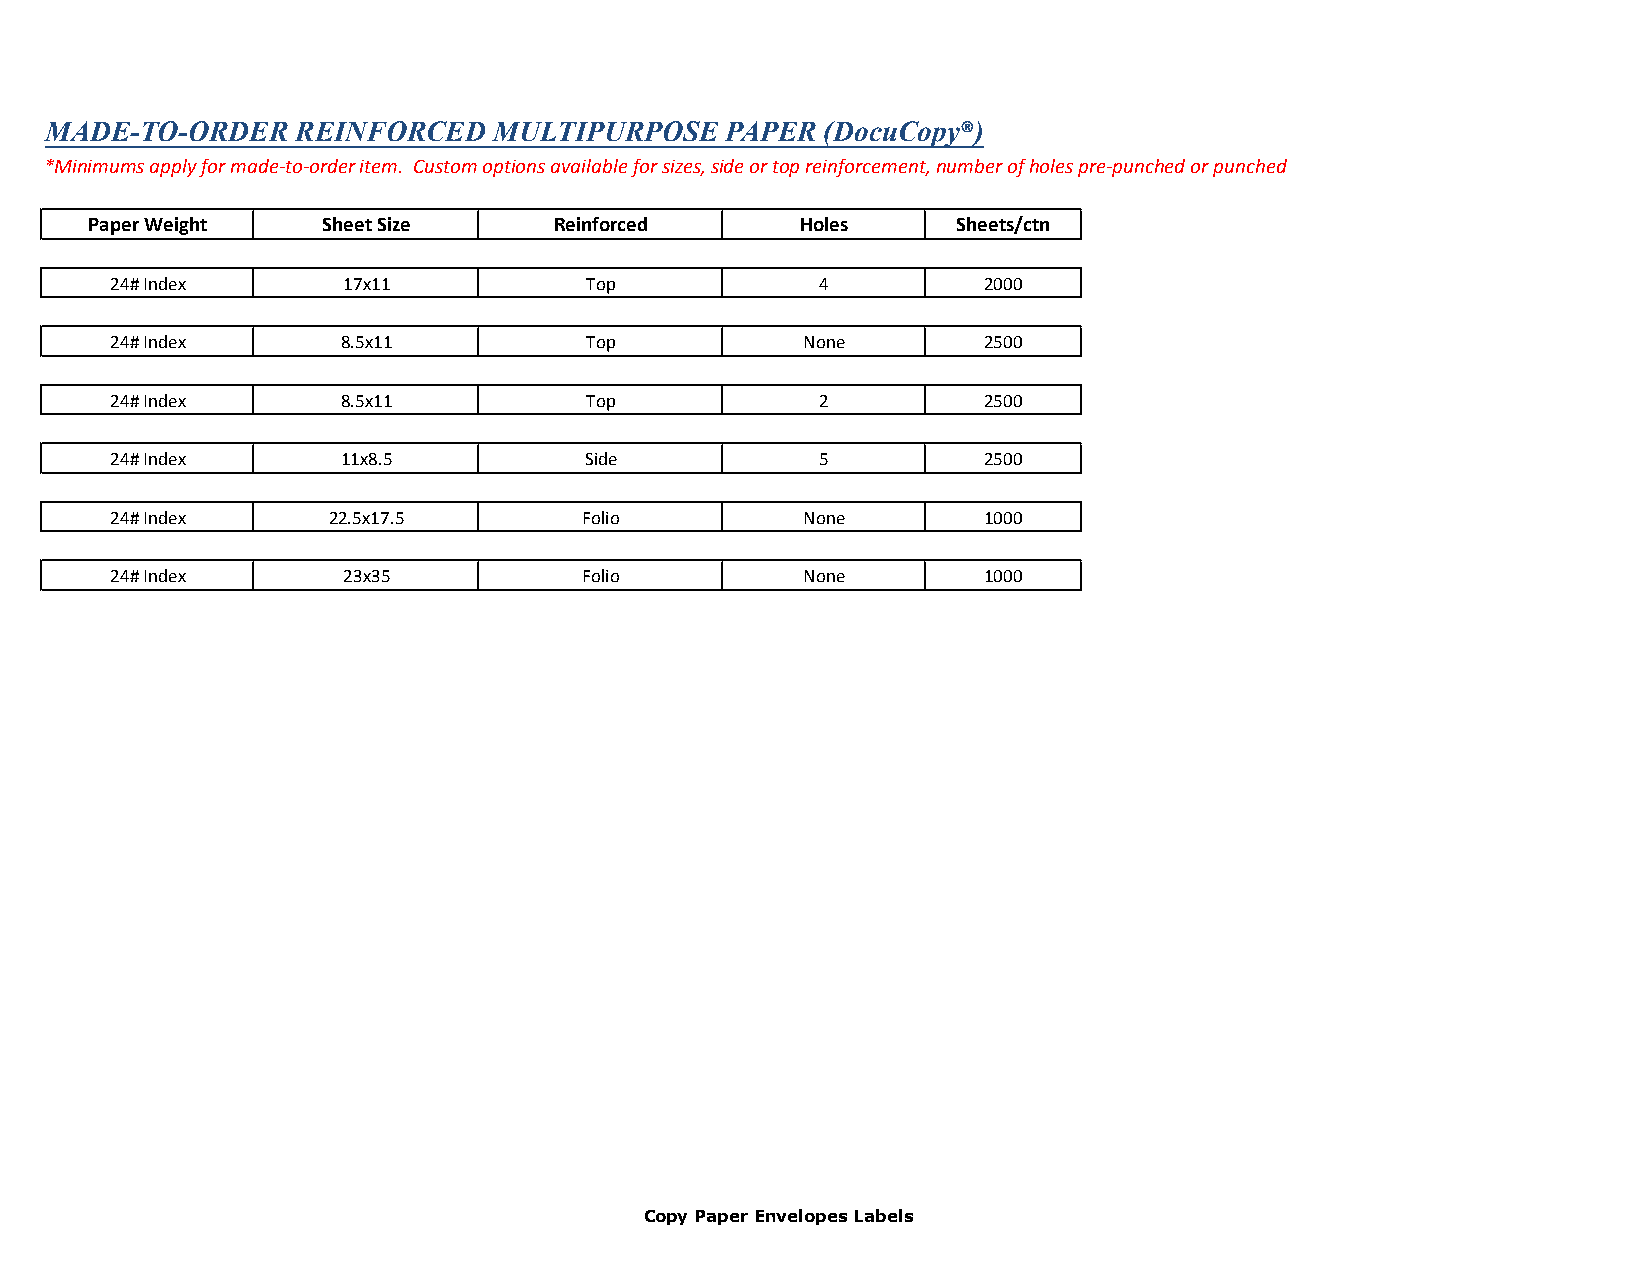
MADE-TO-ORDER    REINFORCED   MULTIPURPOSE   PAPER  (DocuCopy®)
 *Minimums apply for made-to-order item. Custom options available for sizes, side or top reinforcement, number of holes pre-punched or punched
 Paper Weight   Sheet Size      Reinforced      Holes     Sheets/ctn
 24# Index       17x11           Top            4          2000
 24# Index       8.5x11          Top           None        2500
 24# Index       8.5x11          Top            2          2500
 24# Index       11x8.5          Side           5          2500
 24# Index      22.5x17.5        Folio         None        1000
 24# Index       23x35           Folio         None        1000
 Copy Paper Envelopes Labels